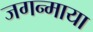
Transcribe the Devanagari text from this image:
जगन्माया